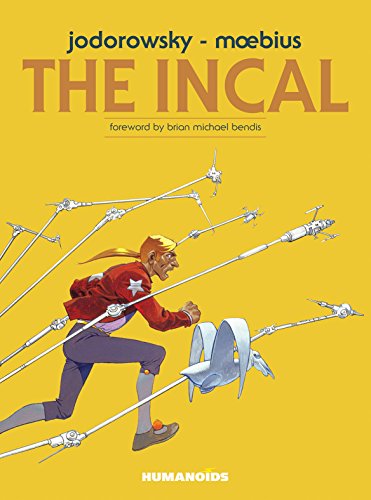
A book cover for The Incal; Alexandro Jodorowsky; Comics & Graphic Novels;